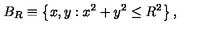
B _ { R } \equiv \left\{ x , y : x ^ { 2 } + y ^ { 2 } \leq R ^ { 2 } \right\} ,